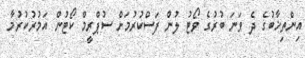
އިންތިޚާބުގެ ދެ ވަނަ ބުރުގެ ވޯޓު ލުން ފަސްކުރުމަށް ސުޕްރީމް ކޯޓުން އަމުރުކުރުމާ